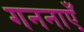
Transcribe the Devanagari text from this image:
गननाएँ